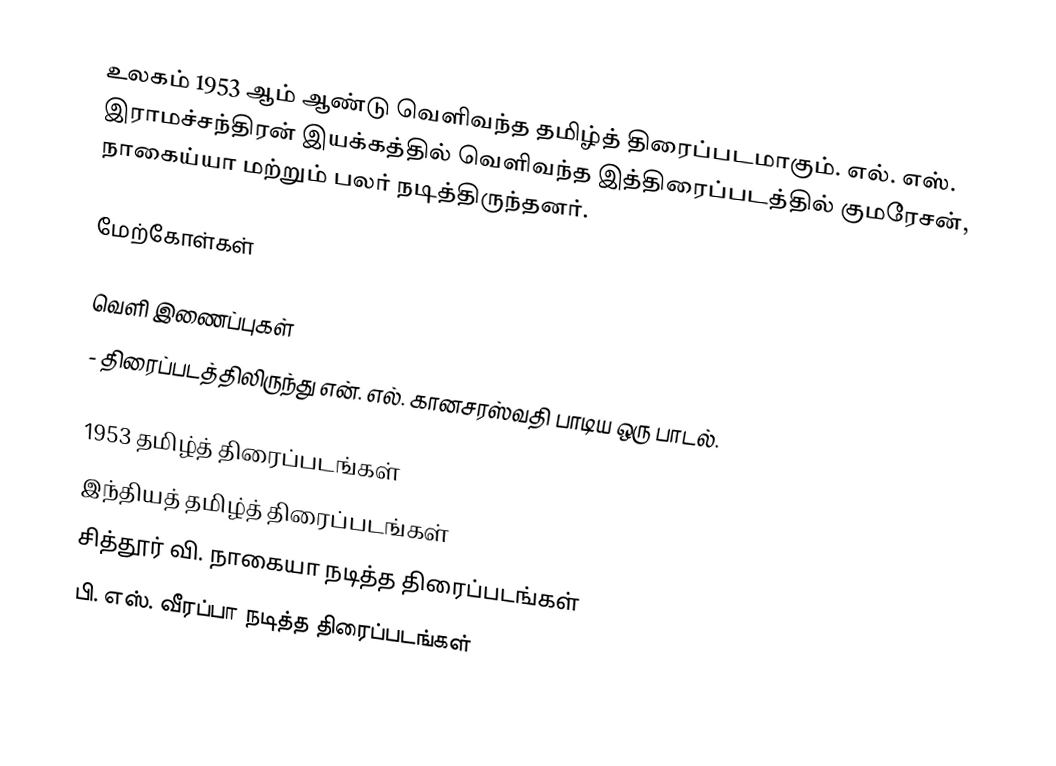
உலகம் 1953 ஆம் ஆண்டு வெளிவந்த தமிழ்த் திரைப்படமாகும். எல். எஸ். இராமச்சந்திரன் இயக்கத்தில் வெளிவந்த இத்திரைப்படத்தில் குமரேசன், நாகைய்யா மற்றும் பலர் நடித்திருந்தனர்.

மேற்கோள்கள்

வெளி இணைப்புகள்
 - திரைப்படத்திலிருந்து என். எல். கானசரஸ்வதி பாடிய ஒரு பாடல்.

1953 தமிழ்த் திரைப்படங்கள்
இந்தியத் தமிழ்த் திரைப்படங்கள்
சித்தூர் வி. நாகையா நடித்த திரைப்படங்கள்
பி. எஸ். வீரப்பா நடித்த திரைப்படங்கள்